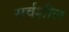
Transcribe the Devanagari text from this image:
सर्वशील